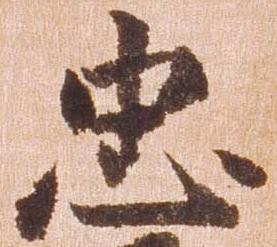
忠